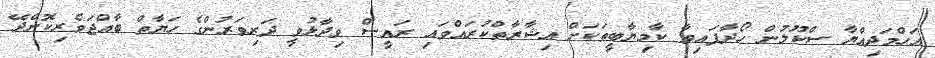
އަހްމަދިއްޔާ ސްކޫލުން ހޯދާފައިވާ ކާމިޔާބީތަކަށް އިޝާރާތްކުރައްވައި ރައީސް ވިދާޅުވީ ދަރިވަރުންގެ ހަޔާތް ބާއްޖަވެރިކޮށްދޭ